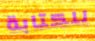
للكتابة